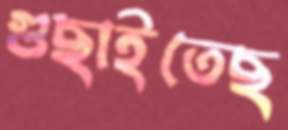
গুছাইতেছ